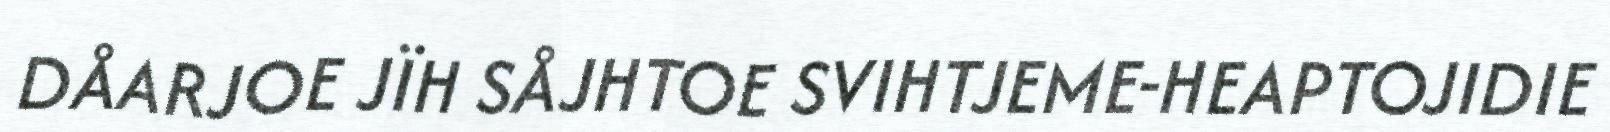
DÅARJOE JÏH SÅJHTOE SVIHTJEME-HEAPTOJIDIE